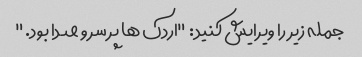
جمله زیر را ویرایش کنید: "اردک ها پر سر و صدا بود."